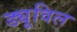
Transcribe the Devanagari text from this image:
ड्यूविल